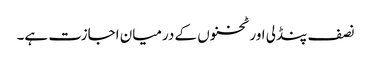
نصف پنڈلی اور ٹخنوں کے درمیان اجازت ہے۔